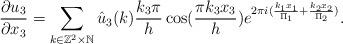
LaTeX: \begin{align*}\frac{\partial u_3}{\partial x_3}=\sum_{k\in \mathbb{Z}^2 \times \mathbb{N}}\hat{u}_3(k) \frac{k_3 \pi}{h}\cos(\frac{\pi k_3x_3}{h})e^{2\pi i (\frac{k_1x_1}{\Pi_1}+\frac{k_2x_2}{\Pi_2})}.\end{align*}